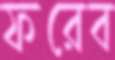
ফরেব